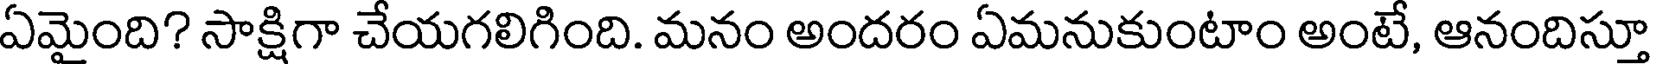
ఏమైంది? సాక్షిగా చేయగలిగింది. మనం అందరం ఏమనుకుంటాం అంటే, ఆనందిస్తూ